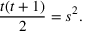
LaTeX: { \frac { t ( t + 1 ) } { 2 } } = s ^ { 2 } .